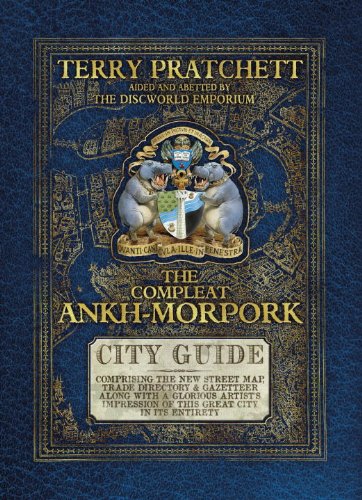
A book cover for The Compleat Ankh-Morpork; Terry Pratchett; Science Fiction & Fantasy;